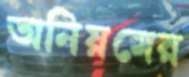
অনিয়মের